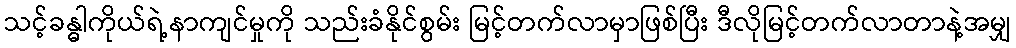
သင့်ခန္ဓါကိုယ်ရဲ့နာကျင်မှုကို သည်းခံနိုင်စွမ်း မြင့်တက်လာမှာဖြစ်ပြီး ဒီလိုမြင့်တက်လာတာနဲ့အမျှ